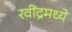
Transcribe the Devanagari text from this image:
रवींद्रमध्ये